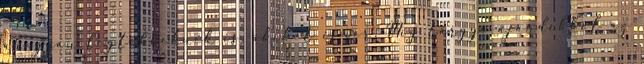
ahogyan legtöbbeknek is, akiket ismer. Míg tárgyi ajándékból az